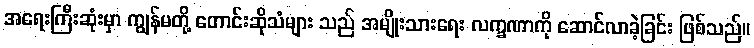
အရေးကြီးဆုံးမှာ ကျွန်မတို့ တောင်းဆိုသံများ သည် အမျိုးသားရေး လက္ခဏာကို ဆောင်လာခဲ့ခြင်း ဖြစ်သည်။